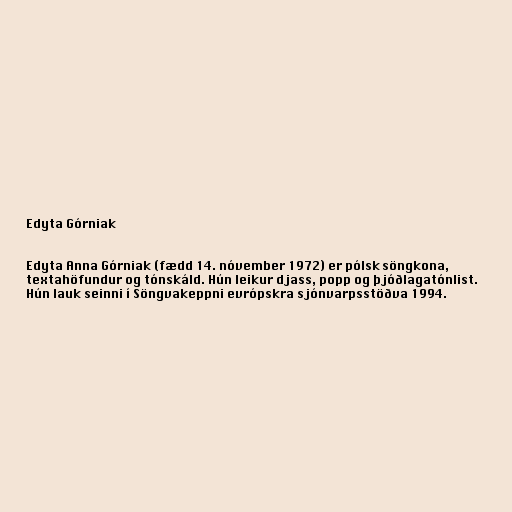
Edyta Górniak

Edyta Anna Górniak (fædd 14. nóvember 1972) er pólsk söngkona,
textahöfundur og tónskáld. Hún leikur djass, popp og þjóðlagatónlist.
Hún lauk seinni í Söngvakeppni evrópskra sjónvarpsstöðva 1994.